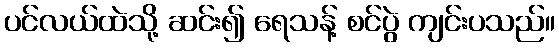
ပင်လယ်ထဲသို့ ဆင်း၍ ရေသန့် စင်ပွဲ ကျင်းပသည်။